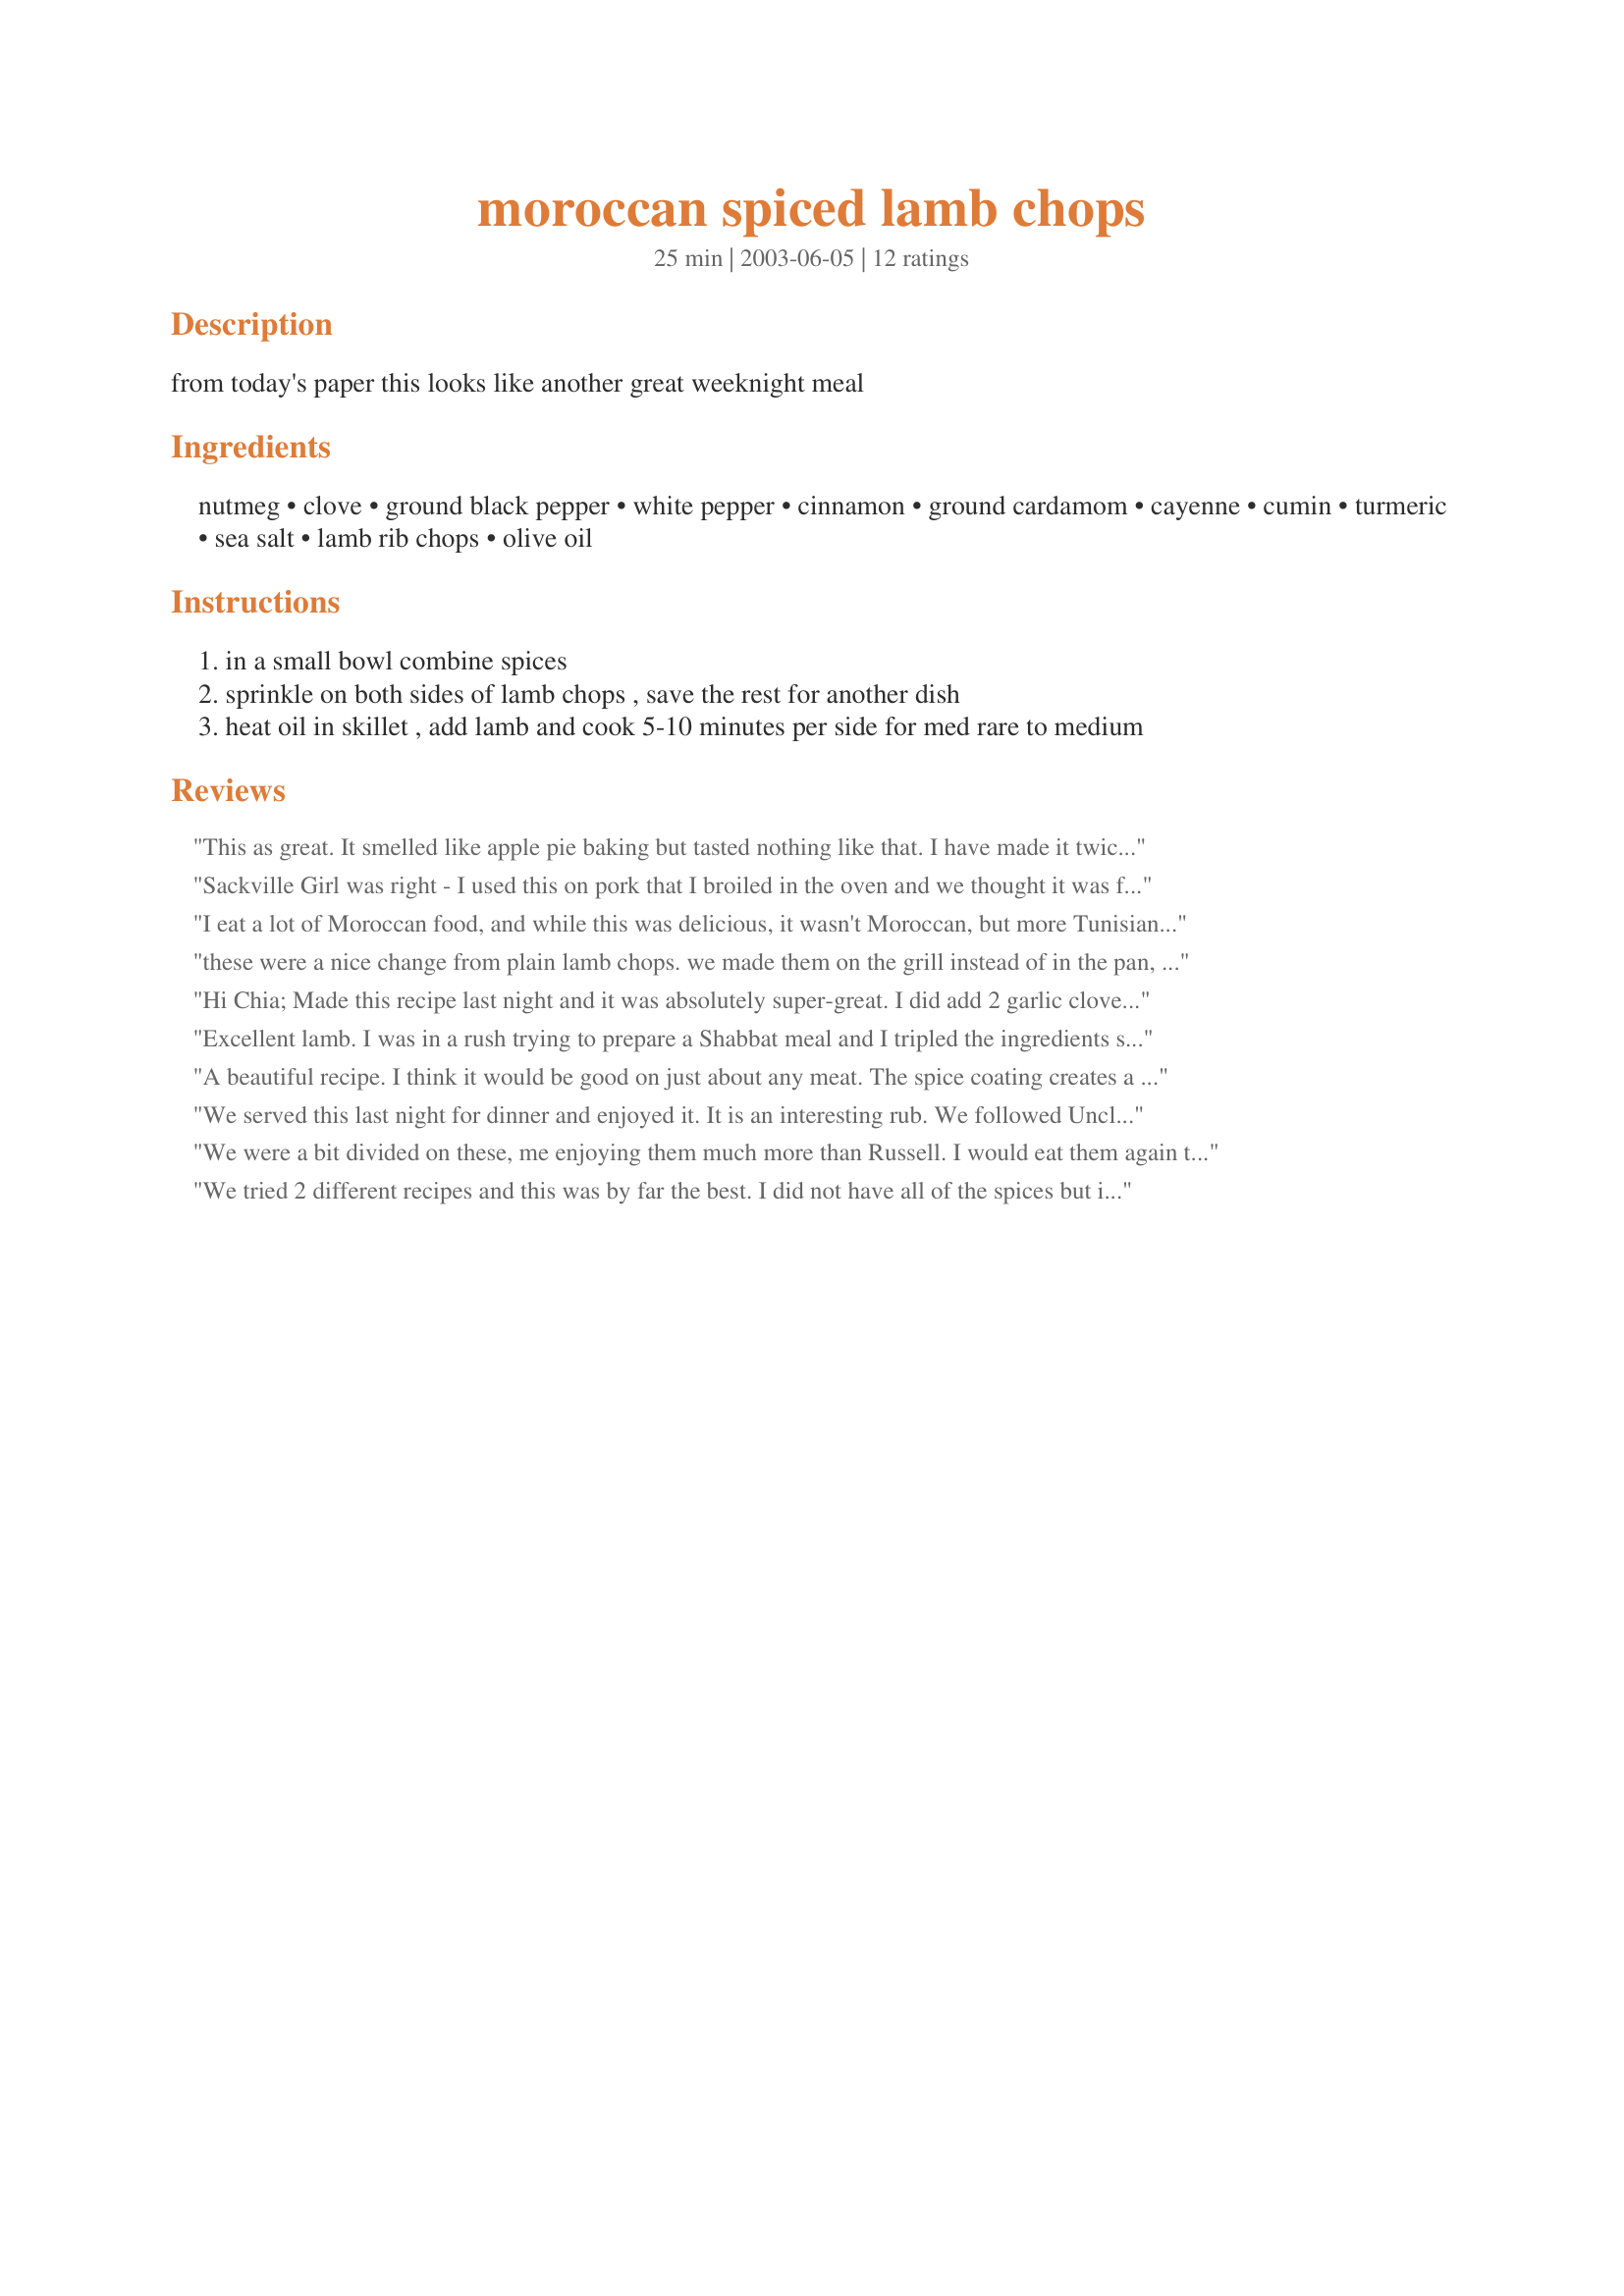
moroccan spiced lamb chops
Preparation time: 25 minutes

from today's paper this looks like another great weeknight meal

Ingredients:
nutmeg, clove, ground black pepper, white pepper, cinnamon, ground cardamom, cayenne, cumin, turmeric, sea salt, lamb rib chops, olive oil

Steps:
in a small bowl combine spices
sprinkle on both sides of lamb chops , save the rest for another dish
heat oil in skillet , add lamb and cook 5-10 minutes per side for med rare to medium

Reviews:
This as great. It smelled like apple pie baking but tasted nothing like that. I have made it twice once as is once with giner instead of cardamom. My family prefers the ginger version.
Sackville Girl was right - I used this on pork that I broiled in the oven and we thought it was fantastic. I used a heavy hand on the spices and they did form a nice crust. This one is a definite keeper. Thanks!
I eat a lot of Moroccan food, and while this was delicious, it wasn't Moroccan, but more Tunisian! No, really, all kidding aside, this is a delicious way to prepare lamb chops. I made two for me and then used chicken breasts for the kids because they're not crazy about lamb. Don't let the fact that there is both white and black pepper in the recipe confuse you, it's definitely needed and each one has it's own unique taste. I served this with some harissa on the side (spicy Moroccan salsa), and I had a great supper. I took one of the chicken breasts into work the next day, and it was also delicious. This is a great rub to use on any chop of meat, although try to stay with the lamb to be more authentic. I wonder how it would taste on camel?
these were a nice change from plain lamb chops. we made them on the grill instead of in the pan, and they came out delicious. the flavor was good and not overpowering. definitely will make again. thanks!
Hi Chia;
Made this recipe last night and it was absolutely super-great. I did add 2 garlic cloves, sliced and 1 teaspoon of fresh Rosemary, finely chopped.
I cooked the lamb chops for 5 minutes on each side. They browned so nice with the spice coating and tasted so good. I cooked them medium to medium rare, and Oh, WOW, so delicious. This is a big hit and I will be making it again many more times.
Thanks, I am glad I found your recipe.
"Uncle Bill"
Excellent lamb. I was in a rush trying to prepare a Shabbat meal and I tripled the ingredients since it is not enough, and always put more olive oil. i would add fresh garlic as well but did not have time to chop and made do with adding garlic powder and rosemary. I had it marinate a few hours while I prepared the rest of the dinner. Then I grilled the lamb quickly. It was wonderful. Ate this with balsamic rice, a moroccan salmon and other salad sides. Thank you! This is definitly a keeper!!
A beautiful recipe. I think it would be good on just about any meat. The spice coating creates a crispy crust around the lamb and it's so nice to bite into. The second time I made this, I used the extra spice coating with some olive oil on potato wedges. What a keeper!
We served this last night for dinner and enjoyed it. It is an interesting rub. We followed Uncle Bill's suggestion and added garlic cloves and fresh rosemary. Thanks for posting.
We were a bit divided on these, me enjoying them much more than Russell. I would eat them again tomorrow night, he wouldn't!
The only change we made to this simple recipe was to up the cumin, and decrease the cinnamon, we're not too fond of too much cinnamon, and LOVE cumin.
I served a lemon wedge with the chops, and that really brought the flavours to life. Thanks for a recipe I will make exclusively for myself and eat whilst Russell eats take aways ;-)
We tried 2 different recipes and this was by far the best. I did not have all of the spices but it came out well without the cardamom, turmeric,or clove. Will definitely use this again when I cook lamb
The spices were fine, but required I think twice as much as I actually used when rubbing onto both sides. I recommend going heavy on the spices, perhaps adding garlic and rosemary as others suggested.
I made this recipe as part of the Pick-A-Chef cook-off. I know I was supposed to chose an unreviewed recipe but this one really struck my fancy. My husband and I have been into trying new lamb recipes lately and we both like different combinations of spices. The spice rub had an excellent and complex flavor the went well with the lamb. We cooked them on the stove but I think they would be wonderful done on the grill, too. Very tender and juicy. Thanks Chia.
